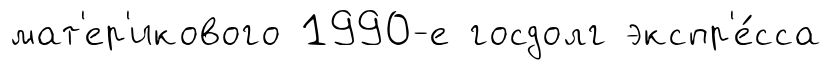
мат'ер'икового 1990-е госдолг экспр'е́сса